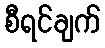
စီရင်ချက်